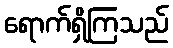
ရောက်ရှိကြသည်